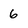
Character: 6